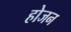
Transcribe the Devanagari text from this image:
होजन